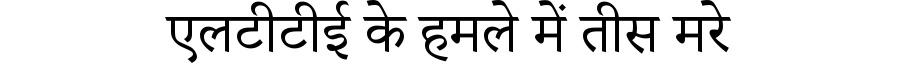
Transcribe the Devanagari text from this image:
एलटीटीई के हमले में तीस मरे